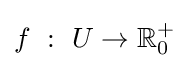
f\ :\ U\rightarrow \mathbb {R} _{0}^{+}